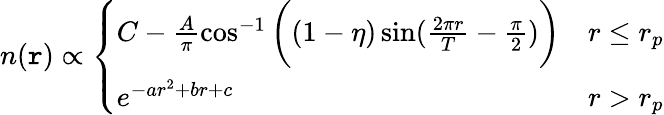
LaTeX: n(\mathtt{r})\propto\left\{ \begin{array}{ll}{C-\frac{A}{\pi}\cos^{-1}\bigg((1-\eta)\sin(\frac{2\pi r}{T}-\frac{\pi}{2})\bigg)}&{r\leq r_{p}}\\ {e^{-ar^{2}+br+c}}&{r>r_{p}}\end{array}\right.